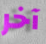
آخر